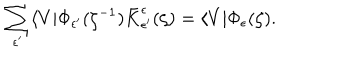
LaTeX: \sum _ { \epsilon ^ { \prime } } \langle V | \Phi _ { \epsilon ^ { \prime } } ( \zeta ^ { - 1 } ) \bar { K } _ { \epsilon ^ { \prime } } ^ { \epsilon } ( \zeta ) = \langle V | \Phi _ { \epsilon } ( \zeta ) .